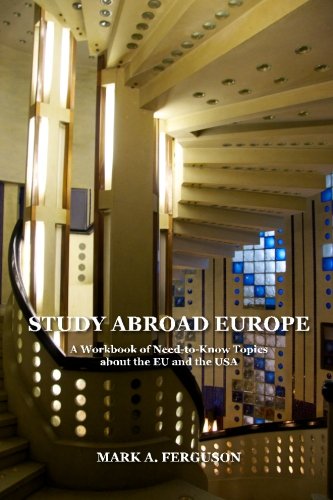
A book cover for Study Abroad Europe: A Workbook of Need-to-Know Topics about the EU and the USA; Mark A. Ferguson; Travel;